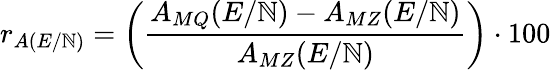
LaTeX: r_{A(E/\mathbb{N})}=\left(\frac{{A_{MQ}(E/\mathbb{N})-A_{MZ}(E/\mathbb{N})}}{{A_{MZ}(E/\mathbb{N})}}\right)\cdot100